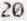
20